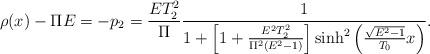
LaTeX: \begin{align*}\rho(x)-\Pi E =-p_{2} = \frac{ET_{2}^{2}}{\Pi}\frac{1}{1+\left[1+\frac{E^{2}T_{2}^{2}}{\Pi^{2}(E^{2}-1)}\right]{\rm sinh}^{2}\left(\frac{\sqrt{E^{2}-1}}{T_{0}}x\right)}.\end{align*}